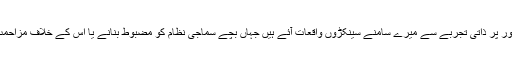
پاکستانی اشرفیہ کے سکولوں میں استاد کے طور پر ذاتی تجربے سے میرے سامنے سینکڑوں واقعات آئے ہیں جہاں بچے سماجی نظام کو مضبوط بنانے یا اس کے خلاف مزاحمت کرنے کے لئے تشدد کو استعمال کرتے ہیں۔